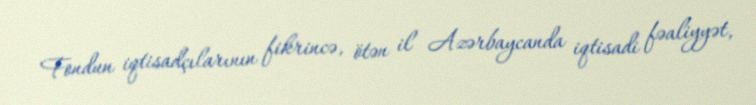
Fondun iqtisadçılarının fikrincə, ötən il Azərbaycanda iqtisadi fəaliyyət,